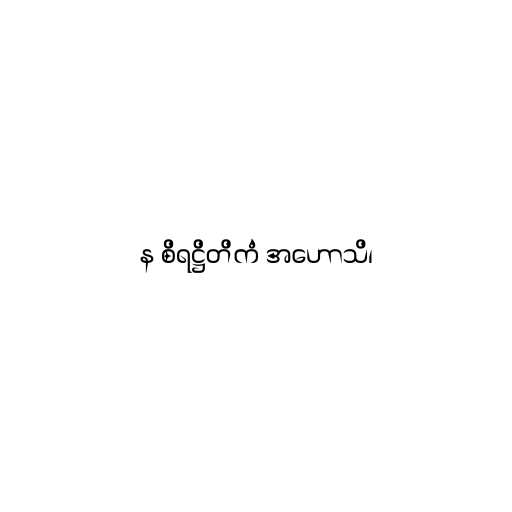
န စိရဋ္ဌိတိကံ အဟောသိ၊